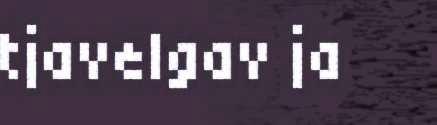
tjavelgav ja